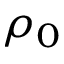
\rho _ { 0 }